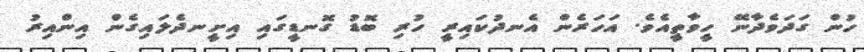
ހުން ގަދަވެދާނޭ ހީވާތީއެވެ. އަހަރެން އެނދުކައިރީ ހުރި ބޮޑު ގޮނޑީގައި އިށީނދެލައިގެން އިންއިރު